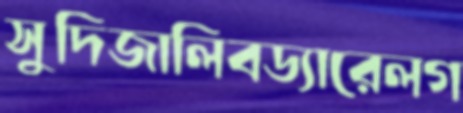
সুদিজালিবড্যারেলগ